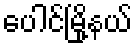
ပေါင်မြို့နယ်